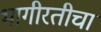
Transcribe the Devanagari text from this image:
भागीरतीचा